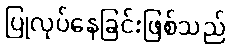
ပြုလုပ်နေခြင်းဖြစ်သည်